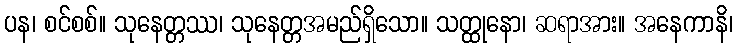
ပန၊ စင်စစ်။ သုနေတ္တဿ၊ သုနေတ္တအမည်ရှိသော။ သတ္ထုနော၊ ဆရာအား။ အနေကာနိ၊